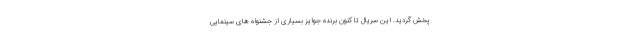
پخش گردید. این سریال تا کنون برنده جوایز بسیاری از جشنواه های سینمایی